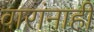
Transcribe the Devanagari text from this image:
वारांनाही